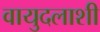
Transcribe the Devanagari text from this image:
वायुदलाशी